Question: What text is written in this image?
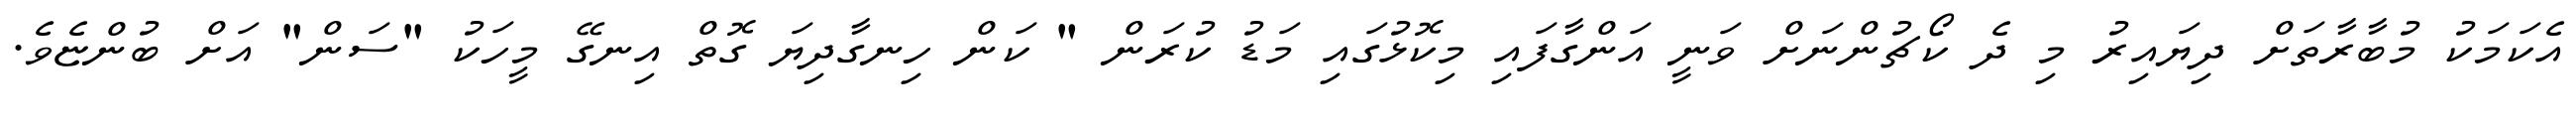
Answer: އެކަމަކު މުބާރާތަށް ދިޔައިރު މި ދެ ކޯޗުންނަށް ވަނީ އަންގާފައި މިކޮޅުގައި މަޑު ކުރަން " ކަން ހިނގާދިޔަ ގޮތް އިނގޭ މީހަކު "ސަން" އަށް ބުންޏެވެ.